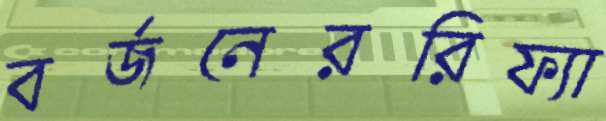
বর্জনেররিফ্যা